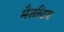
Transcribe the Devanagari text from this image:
मैजस्टिक